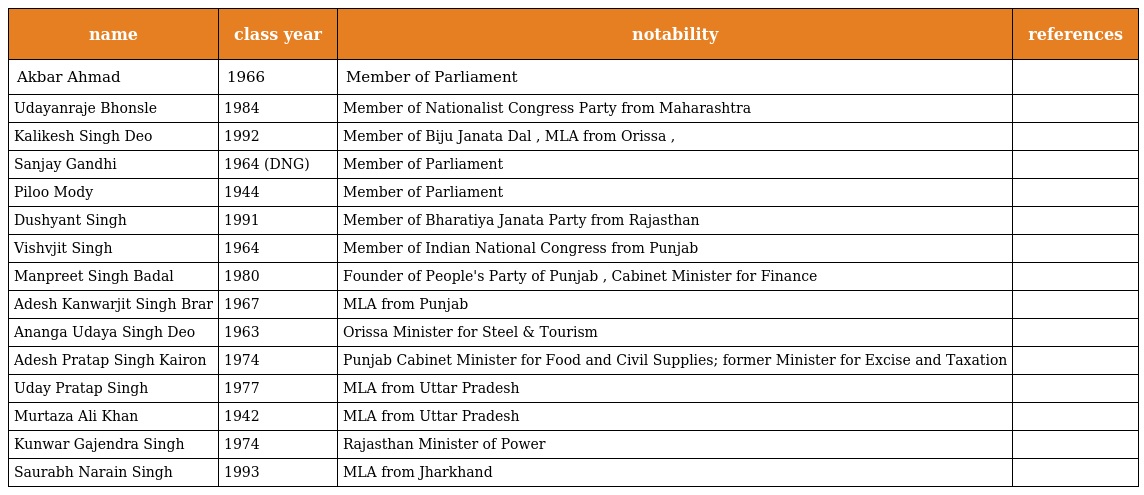
| name | class year | notability | references |
 | --- | --- | --- | --- |
 | Akbar Ahmad | 1966 | Member of Parliament |  |
 | Udayanraje Bhonsle | 1984 | Member of Nationalist Congress Party from Maharashtra |  |
 | Kalikesh Singh Deo | 1992 | Member of Biju Janata Dal , MLA from Orissa , |  |
 | Sanjay Gandhi | 1964 (DNG) | Member of Parliament |  |
 | Piloo Mody | 1944 | Member of Parliament |  |
 | Dushyant Singh | 1991 | Member of Bharatiya Janata Party from Rajasthan |  |
 | Vishvjit Singh | 1964 | Member of Indian National Congress from Punjab |  |
 | Manpreet Singh Badal | 1980 | Founder of People's Party of Punjab , Cabinet Minister for Finance |  |
 | Adesh Kanwarjit Singh Brar | 1967 | MLA from Punjab |  |
 | Ananga Udaya Singh Deo | 1963 | Orissa Minister for Steel & Tourism |  |
 | Adesh Pratap Singh Kairon | 1974 | Punjab Cabinet Minister for Food and Civil Supplies; former Minister for Excise and Taxation |  |
 | Uday Pratap Singh | 1977 | MLA from Uttar Pradesh |  |
 | Murtaza Ali Khan | 1942 | MLA from Uttar Pradesh |  |
 | Kunwar Gajendra Singh | 1974 | Rajasthan Minister of Power |  |
 | Saurabh Narain Singh | 1993 | MLA from Jharkhand |  |